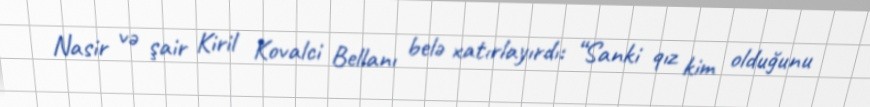
Nasir və şair Kiril Kovalci Bellanı belə xatırlayırdı: “Sanki qız kim olduğunu